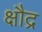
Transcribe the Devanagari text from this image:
क्षौद्र